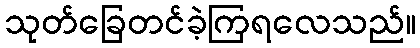
သုတ်ခြေတင်ခဲ့ကြရလေသည်။